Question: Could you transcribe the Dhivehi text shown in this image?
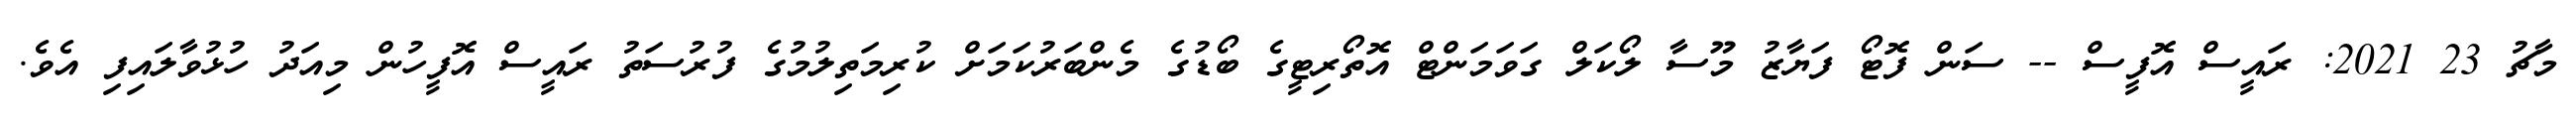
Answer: މާޗު 23 2021: ރައީސް އޮފީސް -- ސަން ފޮޓޯ ފަޔާޒު މޫސާ ލޯކަލް ގަވަމަންޓް އޮތޯރިޓީގެ ބޯޑުގެ މެންބަރުކަމަށް ކުރިމަތިލުމުގެ ފުރުސަތު ރައީސް އޮފީހުން މިއަދު ހުޅުވާލައިފި އެވެ.